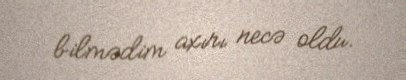
bilmədim axırı necə oldu.